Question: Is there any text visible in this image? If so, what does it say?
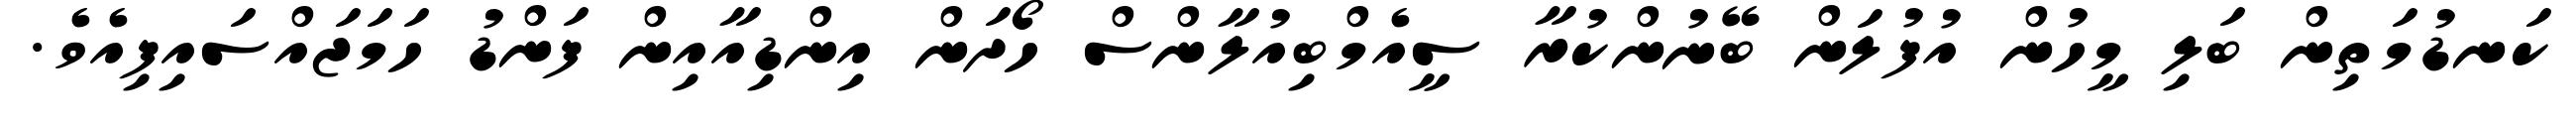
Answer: ކަނޑުމަތިން ބަލި މީހުން އުފުލަން ބޭނުންކުރާ ސީއެމްބިއުލާންސް ހޯދަން އިންޑިއާއިން ފަންޑު ހަމަޖައްސައިފިއެވެ.